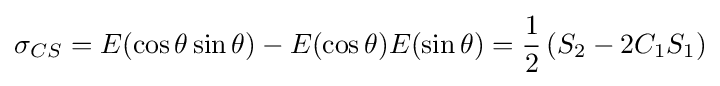
\sigma _{CS}=E(\cos \theta \sin \theta )-E(\cos \theta )E(\sin \theta )={\frac {1}{2}}\left(S_{2}-2C_{1}S_{1}\right)